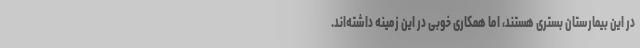
در این بیمارستان بستری هستند، اما همکاری خوبی در این زمینه داشته‌اند.